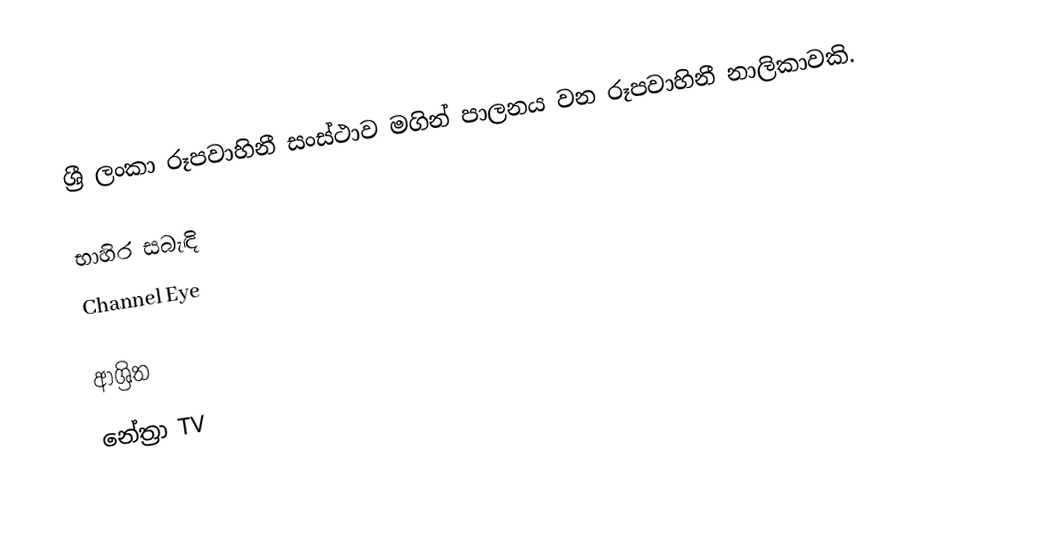
ශ්‍රී ලංකා රූපවාහිනී සංස්ථාව මගින් පාලනය වන රූපවාහිනී නාලිකාවකි.

භාහිර සබැඳි
 Channel Eye

ආශ්‍රිත
 නේත්‍රා TV